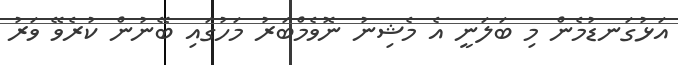
އަޅުގަނޑުމެން މި ބަލަނީ އެ މެޝިނު ނޮވެމްބަރު މަހުގައި ބޭނުން ކުރެވޭ ވަރު